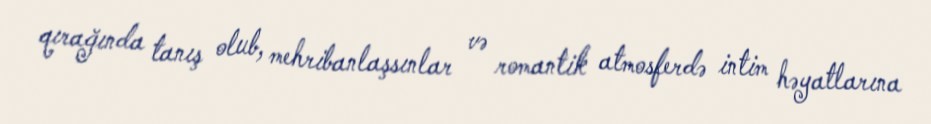
qırağında tanış olub, mehribanlaşsınlar və romantik atmosferdə intim həyatlarına